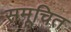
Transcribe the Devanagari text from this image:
समूचित